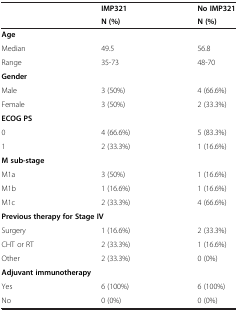
<table><thead><tr><td rowspan="2"><b> </b></td><td><b>IMP321</b></td><td><b>No IMP321</b></td></tr><tr><td><b>N (%)</b></td><td><b>N (%)</b></td></tr></thead><tbody><tr><td colspan="3"><b>Age</b></td></tr><tr><td>Median</td><td>49.5</td><td>56.8</td></tr><tr><td>Range</td><td>35-73</td><td>48-70</td></tr><tr><td colspan="3"><b>Gender</b></td></tr><tr><td>Male</td><td>3 (50%)</td><td>4 (66.6%)</td></tr><tr><td>Female</td><td>3 (50%)</td><td>2 (33.3%)</td></tr><tr><td colspan="3"><b>ECOG PS</b></td></tr><tr><td>0</td><td>4 (66.6%)</td><td>5 (83.3%)</td></tr><tr><td>1</td><td>2 (33.3%)</td><td>1 (16.6%)</td></tr><tr><td colspan="3"><b>M sub-stage</b></td></tr><tr><td>M1a</td><td>3 (50%)</td><td>1 (16.6%)</td></tr><tr><td>M1b</td><td>1 (16.6%)</td><td>1 (16.6%)</td></tr><tr><td>M1c</td><td>2 (33.3%)</td><td>4 (66.6%)</td></tr><tr><td colspan="3"><b>Previous therapy for Stage IV</b></td></tr><tr><td>Surgery</td><td>1 (16.6%)</td><td>2 (33.3%)</td></tr><tr><td>CHT or RT</td><td>2 (33.3%)</td><td>1 (16.6%)</td></tr><tr><td>Other</td><td>2 (33.3%)</td><td>0 (0%)</td></tr><tr><td colspan="3"><b>Adjuvant immunotherapy</b></td></tr><tr><td>Yes</td><td>6 (100%)</td><td>6 (100%)</td></tr><tr><td>No</td><td>0 (0%)</td><td>0 (0%)</td></tr></tbody></table>